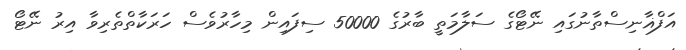
އަފްޣާނިސްތާނުގައި ނޭޓޯގެ ސަލާމަތީ ބާރުގެ 50000 ސިފައިން މިހާރުވެސް ހަރަކާތްތެރިވާ އިރު ނޭޓޯ